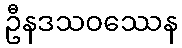
ဦနဒသဝဿေန